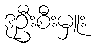
ဒုဦးစီးမှူး